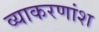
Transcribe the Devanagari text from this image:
व्याकरणांश